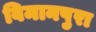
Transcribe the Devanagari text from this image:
विमानपुरा